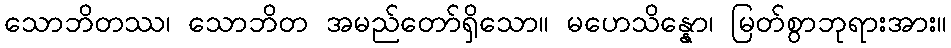
သောဘိတဿ၊ သောဘိတ အမည်တော်ရှိသော။ မဟေသိန္နော၊ မြတ်စွာဘုရားအား။